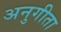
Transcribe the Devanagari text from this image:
अनुगीता